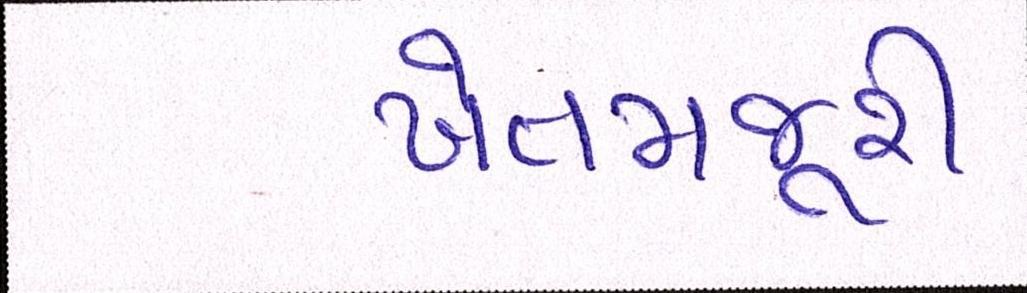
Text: ખેતમજુરી